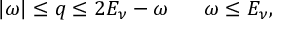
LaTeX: | \omega | \le q \le 2 E _ { \nu } - \omega ~ ~ ~ ~ ~ \omega \le E _ { \nu } ,